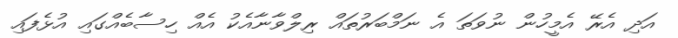
އަދި އެރޭ އެމީހުން ނުވަތަ އެ ނަމްބަރުތައް ރިލްވާނާއެކު އެއް ހިސާބެއްގައި އުޅެފައި